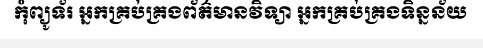
កុំព្យូទ័រ អ្នកគ្រប់គ្រងព័ត៌មានវិទ្យា អ្នកគ្រប់គ្រងទិន្នន័យ